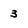
Character: 3